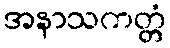
အနာသကတ္တံ